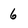
Character: 6